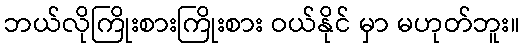
ဘယ်လိုကြိုးစားကြိုးစား ဝယ်နိုင် မှာ မဟုတ်ဘူး။